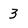
Character: 3